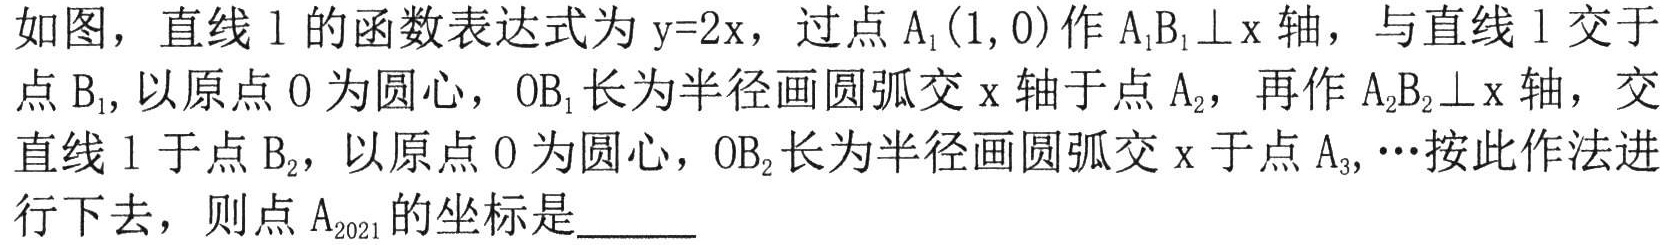
如图，直线$\mathrm{l}$的函数表达式为$\mathrm{y}=2\mathrm{x}$，过点${\mathrm{A}}_{1}(1,0)$作${\mathrm{A}}_{1}{\mathrm{B}}_{1}\perp \mathrm{x}$轴，与直线$\mathrm{l}$交于点${\mathrm{B}}_{1},$以原点$\mathrm{O}$为圆心，${\mathrm{O}\mathrm{B}}_{1}$长为半径画圆弧交$\mathrm{x}$轴于点${\mathrm{A}}_{2}$，再作${\mathrm{A}}_{2}{\mathrm{B}}_{2}\perp \mathrm{x}$轴，交直线$\mathrm{l}$于点${\mathrm{B}}_{2}$，以原点$\mathrm{O}$为圆心，${\mathrm{O}\mathrm{B}}_{2}$长为半径画圆弧交$\mathrm{x}$于点${\mathrm{A}}_{3},\cdots$按此作法进行下去，则点${\mathrm{A}}_{2021}$的坐标是